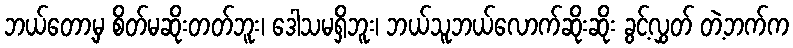
ဘယ်တော့မှ စိတ်မဆိုးတတ်ဘူး၊ ဒေါသမရှိဘူး၊ ဘယ်သူဘယ်လောက်ဆိုးဆိုး ခွင့်လွှတ် တဲ့ဘက်က